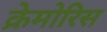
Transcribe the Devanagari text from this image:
क्रेमोरिस